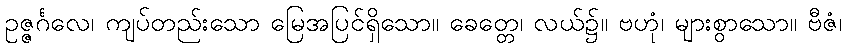
ဥဇ္ဇင်္ဂလေ၊ ကျပ်တည်းသော မြေအပြင်ရှိသော။ ခေတ္တေ၊ လယ်၌။ ဗဟုံ၊ များစွာသော။ ဗီဇံ၊